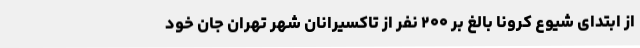
از ابتدای شیوع کرونا بالغ بر ۲۰۰ نفر از تاکسیرانان شهر تهران جان خود